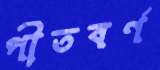
পীতবর্ণ